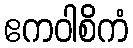
ဧကဝါစိကံ